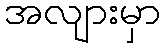
အလျားမှာ